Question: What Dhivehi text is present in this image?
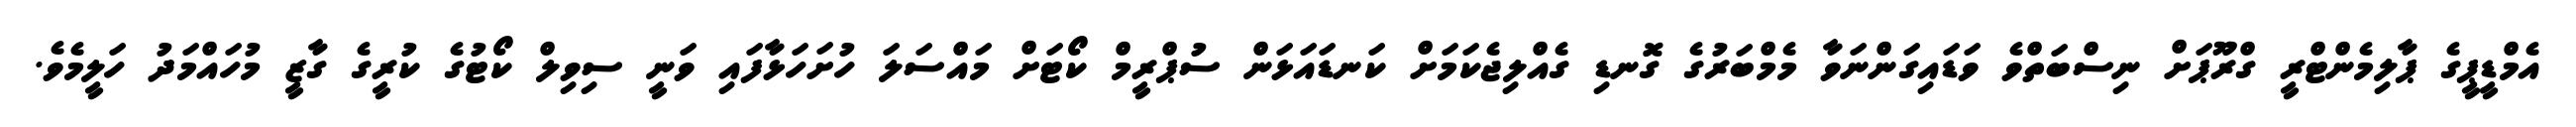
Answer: އެމްޑީޕީގެ ޕާލިމެންޓްރީ ގްރޫޕަށް ނިސްބަތްވެ ވަޑައިގަންނަވާ މެމްބަރުގެ ގޮނޑި ގެއްލިޖެކަމަށް ކަނޑައަޅަން ސުޕްރީމް ކޯޓަށް މައްސަލަ ހުށަހަޅާފައި ވަނީ ސިވިލް ކޯޓުގެ ކުރީގެ ގާޒީ މުހައްމަދު ހަލީމެވެ.